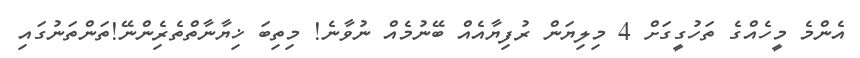
އެންމެ މީހެއްގެ ތަހުގީގަށް 4 މިލިޔަން ރުފިޔާއެއް ބޭނުމެއް ނުވާނެ! މިތިބަ ޚިޔާނާތްތެރެިންނޭ!ތަންތަނުގައި